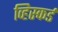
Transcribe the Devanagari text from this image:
व्हिस्कर्ड